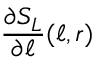
\frac { \partial S _ { L } } { \partial \ell } ( \ell , r )